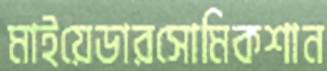
মাইয়েডারসোমিকশান